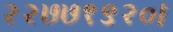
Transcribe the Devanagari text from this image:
२२७७१९२०।